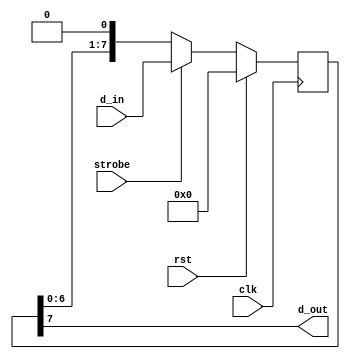
//_________________________________________
//_____Parallel to Serial Converter________
//_________________________________________
module par_ser(clk,rst,strobe,d_in,d_out);
input [7:0] d_in; output d_out;
input clk, rst, strobe;	//Port Declarations
reg [7:0] temp;	//Internal register
always @(posedge clk) begin  //Behavioral Block
if (rst) temp<=8'b00000000;  //Reset Condition
else if (strobe) temp<=d_in; //Strobe Condition
else temp [7:0] <={temp[6:0], 1'b0}; //Left Shifting
end
assign d_out = temp[7];	//Serial Output i.e. MSB
endmodule